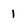
Character: I